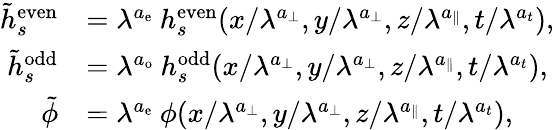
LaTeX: \begin{array}{rl}{\tilde{h}_{s}^{\mathrm{even}}}&{=\lambda^{a_{\mathrm{e}}}\: h_{s}^{\mathrm{even}}(x/\lambda^{a_{\perp}},y/\lambda^{a_{\perp}},z/\lambda^{a_{\parallel}},t/\lambda^{a_{t}}),}\\ {\tilde{h}_{s}^{\mathrm{odd}}}&{=\lambda^{a_{\mathrm{o}}}\: h_{s}^{\mathrm{odd}}(x/\lambda^{a_{\perp}},y/\lambda^{a_{\perp}},z/\lambda^{a_{\parallel}},t/\lambda^{a_{t}}),}\\ {\tilde{\phi}}&{=\lambda^{a_{\mathrm{e}}}\: \phi(x/\lambda^{a_{\perp}},y/\lambda^{a_{\perp}},z/\lambda^{a_{\parallel}},t/\lambda^{a_{t}}),}\end{array}